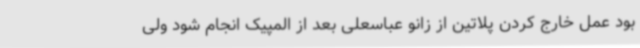
بود عمل خارج کردن پلاتین از زانو عباسعلی بعد از المپیک انجام شود ولی